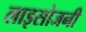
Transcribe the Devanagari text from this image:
लाइसोजनी